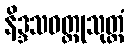
နိဒ္ဒသဝတ္ထုသုတ္တံ